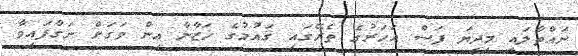
ނައްތާލައި މިދިޔަ ފަސް އަހަރުގެ ތެރޭގައި ޤައުމުގެ ޚަޒާނާ އިން ވަގަށް ނަގާފައިވާ